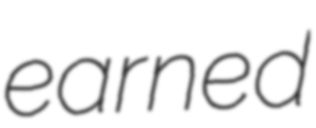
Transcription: earned